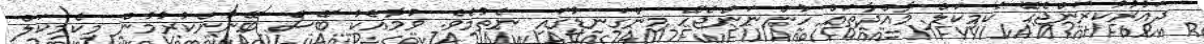
ދައުރުކުރަންޖެހޭ ކެމިކަލް މާއްދާތައް ހުންނަންޖެހޭ މިންގަނޑުގައި ނެތުމެވެ. ވުމާއެކު ބޭސް ބޭނުންކުރުމުން މިކެމިކަލް